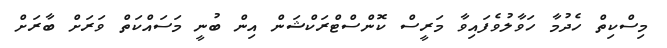
މިސްކިތް ހެދުމާ ހަވާލުވެފައިވާ މަރީސް ކޮންސްޓްރަކްޝަން އިން ބުނީ މަސައްކަތް ވަރަށް ބާރަށް